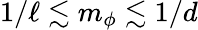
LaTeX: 1/\ell\lesssim m_{\phi}\lesssim 1/d